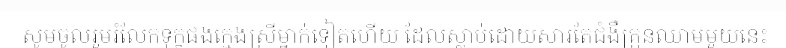
សូមចូលរួមរំលែកទុក្ខផងក្មេងស្រីម្នាក់ទៀតហើយ ដែលស្លាប់ដោយសារតែជំងឺគ្រុនឈាមមួយនេះ